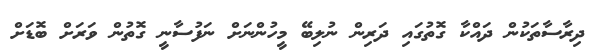
ދިރާސާތަކުން ދައްކާ ގޮތުގައި ދަރިން ނުލިބޭ މީހުންނަށް ނަފުސާނީ ގޮތުން ވަރަށް ބޮޑަށް